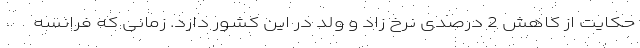
حکایت از کاهش 2 درصدی نرخ زاد و ولد در این کشور دارد. زمانی که فرانسه